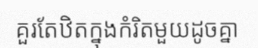
គួរតែឋិតក្នុងកំរិតមួយដូចគ្នា